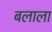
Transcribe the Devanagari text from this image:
बलाला